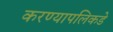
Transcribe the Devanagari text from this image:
करण्यापलिकडे